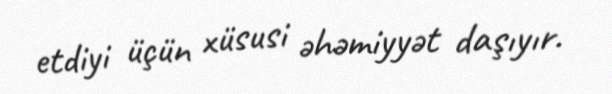
etdiyi üçün xüsusi əhəmiyyət daşıyır.